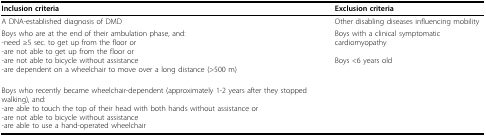
<table><thead><tr><td><b>Inclusion criteria</b></td><td><b>Exclusion criteria</b></td></tr></thead><tbody><tr><td>A DNA-established diagnosis of DMD</td><td>Other disabling diseases influencing mobility</td></tr><tr><td>Boys who are at the end of their ambulation phase, and:-need ≥5 sec. to get up from the floor or -are not able to get up from the floor or-are not able to bicycle without assistance-are dependent on a wheelchair to move over a long distance (&gt;500 m)</td><td>Boys with a clinical symptomatic cardiomyopathyBoys &lt;6 years old</td></tr><tr><td>Boys who recently became wheelchair-dependent (approximately 1-2 years after they stopped walking), and:-are able to touch the top of their head with both hands without assistance or-are not able to bicycle without assistance-are able to use a hand-operated wheelchair</td><td></td></tr></tbody></table>